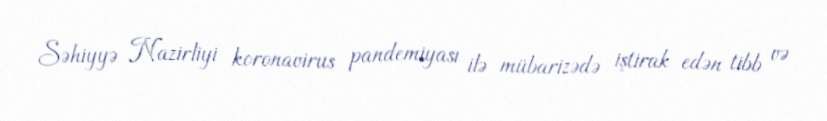
Səhiyyə Nazirliyi koronavirus pandemiyası ilə mübarizədə iştirak edən tibb və